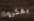
يفكروا